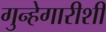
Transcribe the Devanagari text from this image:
गुन्हेगारीशी